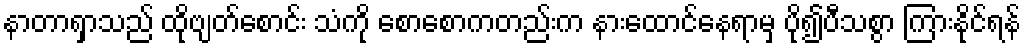
နာတာရှာသည် ထိုဗျတ်စောင်း သံကို စောစောကတည်းက နားထောင်နေရာမှ ပို၍ပီသစွာ ကြားနိုင်ရန်